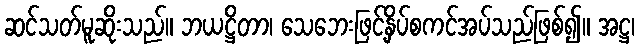
ဆင်သတ်မူဆိုးသည်။ ဘယဋ္ဌိတာ၊ သေဘေးဖြင့်နှိပ်စကင်အပ်သည်ဖြစ်၍။ အဋ္ဌ၊